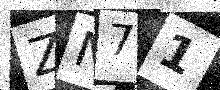
Text: ZN71